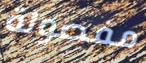
مفصولة